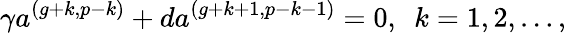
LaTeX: \gamma a^{(g+k,p-k)}+da^{(g+k+1,p-k-1)}=0,\ \ k=1,2,\ldots,